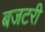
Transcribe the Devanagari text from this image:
बजटरी